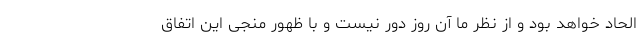
الحاد خواهد بود و از نظر ما آن روز دور نیست و با ظهور منجی این اتفاق